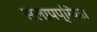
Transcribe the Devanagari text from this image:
संलापप्रियता